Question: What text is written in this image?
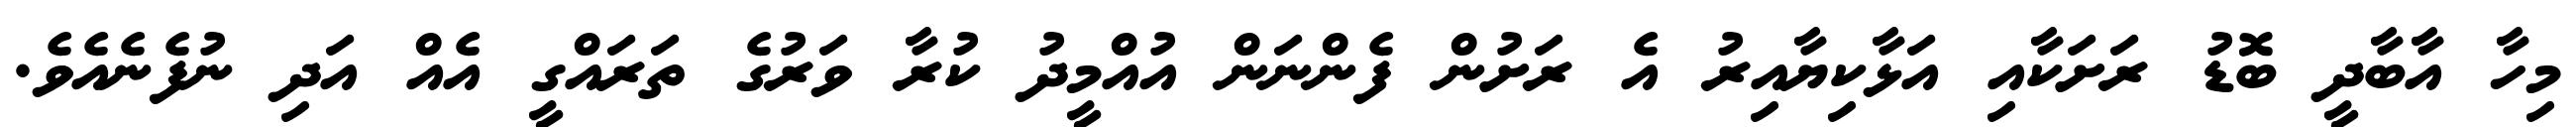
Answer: މިހާ އާބާދީ ބޮޑު ރަށަކާއި އަޅާކިޔާއިރު އެ ރަށުން ފެންނަން އުއްމީދު ކުރާ ވަރުގެ ތަރައްގީ އެއް އަދި ނުފެނެއެވެ.